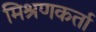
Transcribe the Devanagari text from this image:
मिश्रणकर्ता